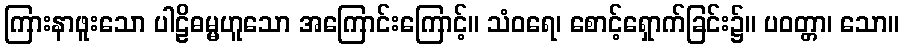
ကြားနာဖူးသော ပါဠိဓမ္မဟူသော အကြောင်းကြောင့်။ သံဝရေ၊ စောင့်ရှောက်ခြင်း၌။ ပဝတ္တာ၊ သော။